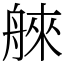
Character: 𦩑